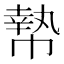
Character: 𰏞